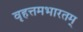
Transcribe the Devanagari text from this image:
वृहत्तमभारतम्